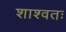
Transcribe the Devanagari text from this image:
शाश्वतः